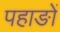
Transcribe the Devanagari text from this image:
पहाङों